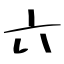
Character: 六